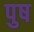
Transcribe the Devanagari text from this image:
पुष